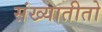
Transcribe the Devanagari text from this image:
संख्यातीतो